Senior Leaving Certificate Examination (including Day School Certificate (Higher) General paper), 1950
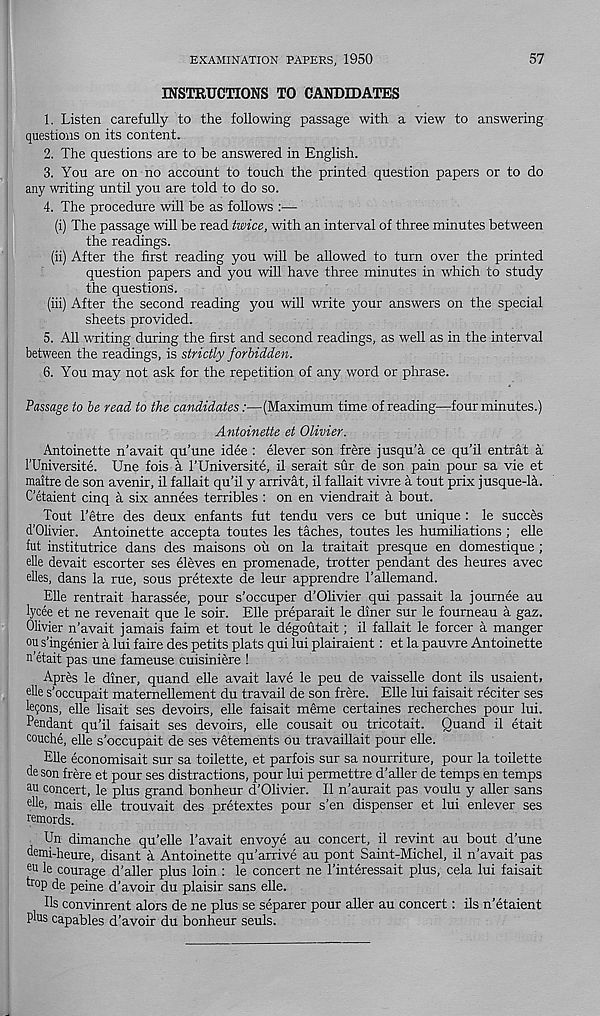
EXAMINATION PAPERS, 1950
57
INSTRUCTIONS TO CANDIDATES
1. Listen carefully to the following passage with a view to answering
questions on its content.
2. The questions are to be answered in English.
3. You are on no account to touch the printed question papers or to do
any writing until you are told to do so.
4. The procedure will be as follows :—
(i) The passage will be read twice, with an interval of three minutes between
the readings.
(ii) After the first reading you will be allowed to turn over the printed
question papers and you will have three minutes in which to study
the questions.
(iii) After the second reading you will write your answers on the special
sheets provided.
5. All writing during the first and second readings, as well as in the interval
between the readings, is strictly forbidden.
6. You may not ask for the repetition of any word or phrase.
Passage to be read to the candidates:—(Maximum time of reading—four minutes.)
Antoinette et Olivier.
Antoinette n’avait qu’une idee : elever son frere jusqu’a ce qu’il entrat a
1’Universite. Une fois a I’Universite, il serait sur de son pain pour sa vie et
maitre de son avenir, il fallait qu’il y arrivat, il fallait vivre a tout prix jusque-la.
C’etaient cinq a six annees terribles : on en viendrait a bout.
Tout 1’etre des deux enfants fut tendu vers ce but unique : le succes
d’Olivier. Antoinette accepta toutes les taches, toutes les humiliations ; elle
fut institutrice dans des maisons ou on la traitait presque en domestique ;
elle devait escorter ses eleves en promenade, trotter pendant des heures avec
elles, dans la rue, sous pretexte de leur apprendre I’allemand.
Elle rentrait harassee, pour s’occuper d’Olivier qui passait la journee au
lycee et ne revenait que le soir. Elle preparait le diner sur le fourneau a gaz.
Olivier n’avait jamais faim et tout le degoutait; il fallait le forcer a manger
ou s’ingenier a lui faire des petits plats qui lui plairaient : et la pauvre Antoinette
n’etait pas une fameuse cuisiniere !
Apres le diner, quand elle avait lave le peu de vaisselle dont ils usaient,
elle s’occupait matemellement du travail de son frere. Elle lui faisait reciter ses
le?ons, elle lisait ses devoirs, elle faisait meme certaines recherches pour lui.
Pendant qu’il faisait ses devoirs, elle cousait ou tricotait. Quand il etait
couche, elle s’occupait de ses vetements ou travaillait pour elle.
Elle economisait sur sa toilette, et parfois sur sa nourriture, pour la toilette
de son frere et pour ses distractions, pour lui permettre d’aller de temps en temps
au concert, le plus grand bonheur d’Olivier. Il n’aurait pas voulu y aller sans
obe, mais elle trouvait des pretextes pour s’en dispenser et lui enlever ses
remords.
Un dimanche qu’elle 1’avait envoye au concert, il revint au bout d’une
demi-heure, disant a Antoinette qu’arrive au pont Saint-Michel, il n’avait pas
e u le courage d’aller plus loin : le concert ne 1’interessait plus, cela lui faisait
f ro P de peine d’avoir du plaisir sans elle.
Hs convinrent alors de ne plus se separer pour aller au concert: ils n’etaient
Plus capables d’avoir du bonheur seuls.